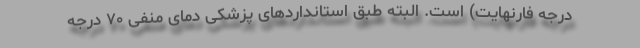
درجه فارنهایت) است. البته طبق استانداردهای پزشکی دمای منفی ۷۰ درجه